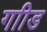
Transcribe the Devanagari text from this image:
गाीड